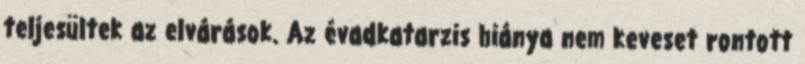
teljesültek az elvárások. Az évadkatarzis hiánya nem keveset rontott